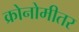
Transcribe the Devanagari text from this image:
क्रोनोमीतर